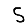
Digit: 5